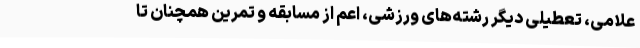
علامی، تعطیلی دیگر رشته‌های ورزشی، اعم از مسابقه و تمرین همچنان تا